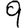
Digit: 9